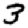
Digit: 3